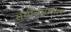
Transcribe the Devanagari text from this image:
संगीतमधील